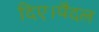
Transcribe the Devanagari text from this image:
दिए।पैदल